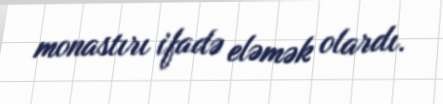
monastırı ifadə eləmək olardı.